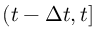
( t - \Delta t , t ]